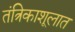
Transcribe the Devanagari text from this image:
तंत्रिकाशूलात